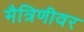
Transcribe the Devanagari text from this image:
मैत्रिणीवर